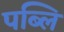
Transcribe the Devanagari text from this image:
पब्लि